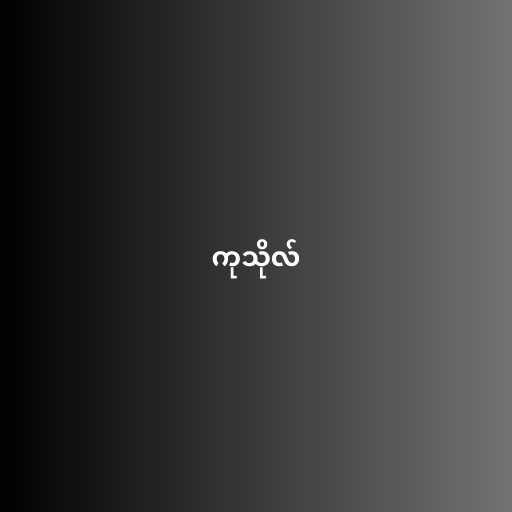
ကုသိုလ်